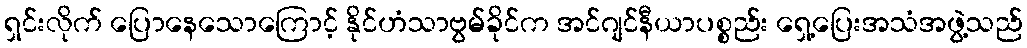
ရှင်းလိုက် ပြောနေသောကြောင့် နိုင်ဟံသာဗွမ်ခိုင်က အင်ဂျင်နီယာပစ္စည်း ရှေ့ပြေးအသံအဖွဲ့သည်